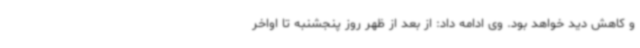
و کاهش دید خواهد بود. وی ادامه داد: از بعد از ظهر روز پنجشنبه تا اواخر